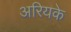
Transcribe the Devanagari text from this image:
अरियके